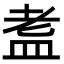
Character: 𭾀